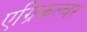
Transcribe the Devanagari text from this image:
एग्रिकल्चर